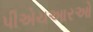
પીએચઆરઓ